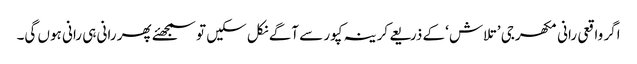
اگر واقعی رانی مکھرجی ’تلاش ‘کے ذریعے کرینہ کپور سے آگے نکل سکیں تو سمجھئے پھر رانی ہی رانی ہوں گی۔